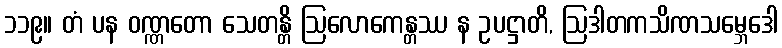
၁၁၉။ တံ ပန ဝဏ္ဏတော သေတန္တိ ဩလောကေန္တဿ န ဥပဋ္ဌာတိ, ဩဒါတကသိဏသမ္ဘေဒေါ